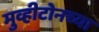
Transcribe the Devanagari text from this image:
मुव्हीटोनच्या